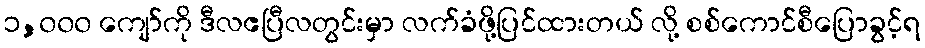
၁,၀၀၀ ကျော်ကို ဒီလဧပြီလတွင်းမှာ လက်ခံဖို့ပြင်ထားတယ် လို့ စစ်ကောင်စီပြောခွင့်ရ